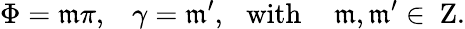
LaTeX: \Phi=\mathfrak{m}\pi,\, \, \, \, \, \gamma=\mathfrak{m}^{\prime},\, \, \, \, \mathrm{{with}}\, \, \, \, \, \, \, \mathfrak{m},\mathfrak{m}^{\prime}\in\mathrm{{{\mathbf{~}Z}}}.